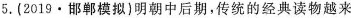
5.(2019·邯郸模拟)明朝中后期，传统的经典读物越来